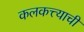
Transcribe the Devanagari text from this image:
कलकत्त्याची